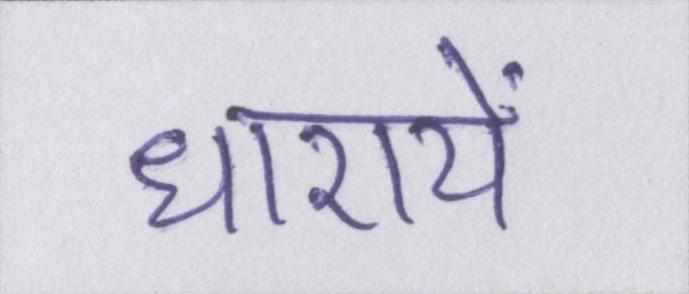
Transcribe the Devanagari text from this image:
धारायें